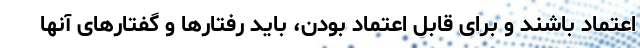
اعتماد باشند و برای قابل اعتماد بودن، باید رفتارها و گفتارهای آنها